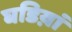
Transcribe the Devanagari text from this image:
घडिय़ां